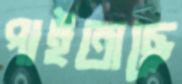
পাইতাছে